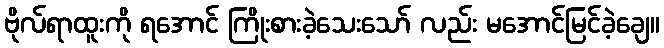
ဗိုလ်ရာထူးကို ရအောင် ကြိုးစားခဲ့သေးသော် လည်း မအောင်မြင်ခဲ့ချေ။